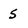
Character: 5